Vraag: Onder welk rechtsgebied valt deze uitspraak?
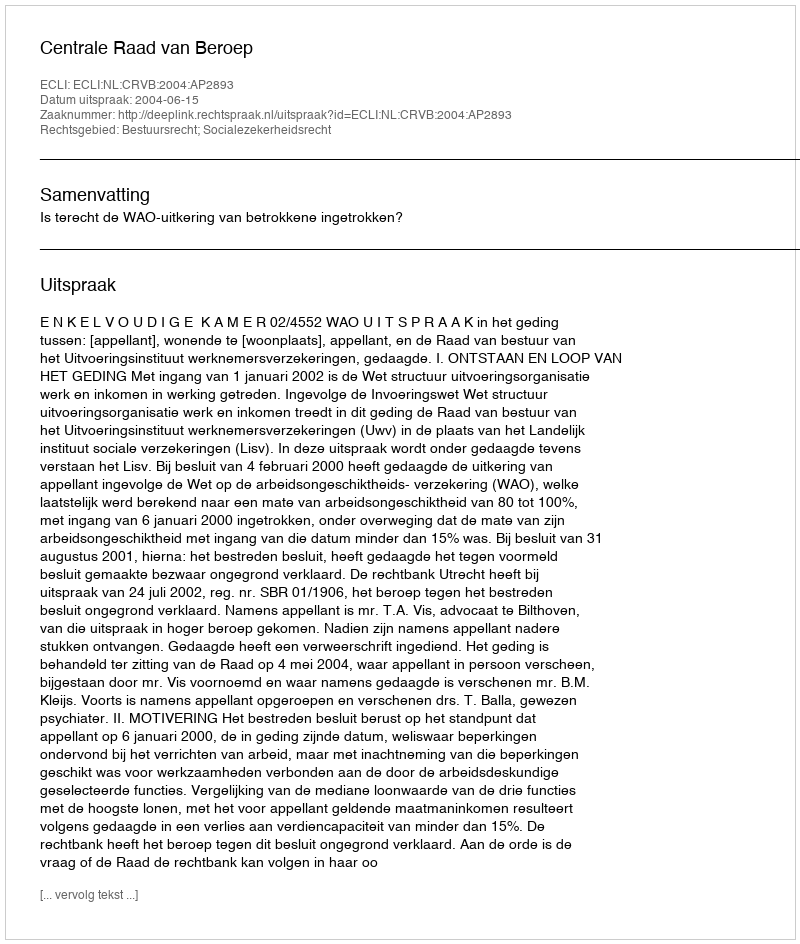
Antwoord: Bestuursrecht; Socialezekerheidsrecht